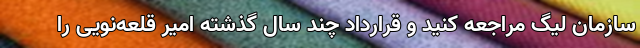
سازمان لیگ مراجعه کنید و قرارداد چند سال گذشته امیر قلعه‌نویی را